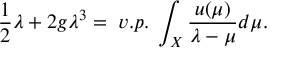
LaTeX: \frac 1 2 \lambda + 2 g \lambda ^ { 3 } = \; v . p . \; \int _ { X } \frac { u ( \mu ) } { \lambda - \mu } d \mu .